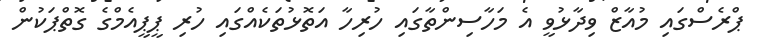
ޕްރެސްގައި މުއާޒް ވިދާޅުވީ އެ މަހާސިންތާގައި ހުރިހާ އަތޮޅުތަކެއްގައި ހުރި ޕީޕީއެމްގެ ގޮތްޕަކުން